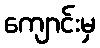
ကျောင်းမှ